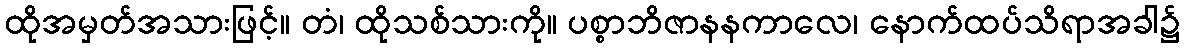
ထိုအမှတ်အသားဖြင့်။ တံ၊ ထိုသစ်သားကို။ ပစ္စာဘိဇာနနကာလေ၊ နောက်ထပ်သိရာအခါ၌